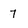
Character: 7